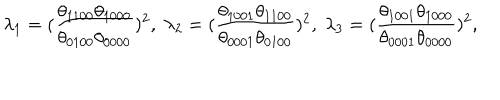
\lambda _ { 1 } = ( \frac { \theta _ { 1 1 0 0 } \theta _ { 1 0 0 0 } } { \theta _ { 0 1 0 0 } \theta _ { 0 0 0 0 } } ) ^ { 2 } , \; \lambda _ { 2 } = ( \frac { \theta _ { 1 0 0 1 } \theta _ { 1 1 0 0 } } { \theta _ { 0 0 0 1 } \theta _ { 0 1 0 0 } } ) ^ { 2 } , \; \lambda _ { 3 } = ( \frac { \theta _ { 1 0 0 1 } \theta _ { 1 0 0 0 } } { \theta _ { 0 0 0 1 } \theta _ { 0 0 0 0 } } ) ^ { 2 } ,